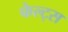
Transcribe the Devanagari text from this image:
फेल्ट्स